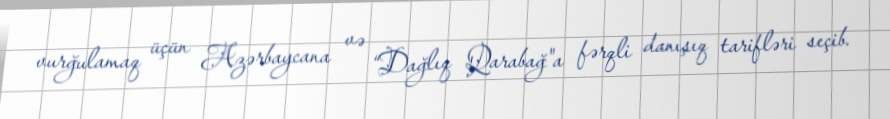
vurğulamaq üçün Azərbaycana və “Dağlıq Qarabağ"a fərqli danışıq tarifləri seçib.